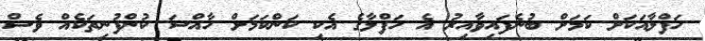
ހަފްލާއަކަށް ކަމަށް ބުނެފައިވާއިރު އެ ހަފްލާގެ އެކި ކަންކަމަށް ހާއްސަ ކުންފުނިތަކެއް ވެސް